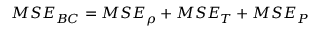
\begin{array} { r } { M S E _ { B C } = M S E _ { \rho } + M S E _ { T } + M S E _ { P } } \end{array}